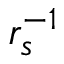
r _ { s } ^ { - 1 }